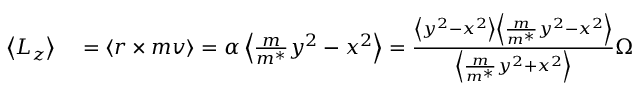
\begin{array} { r l } { \left< L _ { z } \right> } & { { } = \left< r \times m v \right> = \alpha \left< \frac { m } { m ^ { * } } y ^ { 2 } - x ^ { 2 } \right> = \frac { \left< y ^ { 2 } - x ^ { 2 } \right> \left< \frac { m } { m ^ { * } } y ^ { 2 } - x ^ { 2 } \right> } { \left< \frac { m } { m ^ { * } } y ^ { 2 } + x ^ { 2 } \right> } \Omega } \end{array}